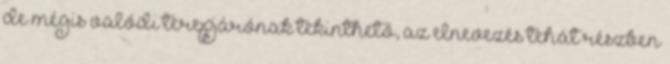
de mégis valódi terepjárónak tekinthető, az elnevezés tehát részben